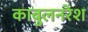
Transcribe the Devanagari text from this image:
काबुलनरेश